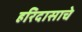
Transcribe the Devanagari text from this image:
हरिदासाचे